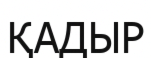
ҚАДЫР